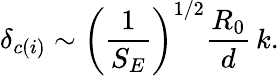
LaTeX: \delta_{c(i)}\sim\left({\frac{1}{S_{E}}}\right)^{1/2}{\frac{R_{0}}{d}}\, k.